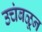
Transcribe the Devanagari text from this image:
उचंबळून